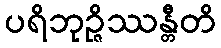
ပရိဘုဉ္ဇိဿန္တီတိ